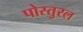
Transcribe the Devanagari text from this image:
पोस्तुरल